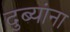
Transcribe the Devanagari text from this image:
दुब्यांना